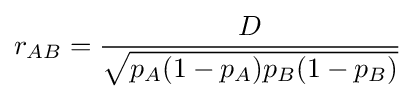
r_{AB}={\frac {D}{\sqrt {p_{A}(1-p_{A})p_{B}(1-p_{B})}}}